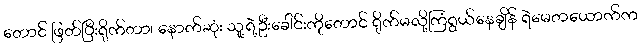
တောင် ဖြတ်ပြီးရိုက်တာ၊ နောက်ဆုံး သူ့ရဲ့ဦးခေါင်းကိုတောင် ရိုက်မလို့ကြံရွယ်နေချိန် ရဲမေတယောက်က